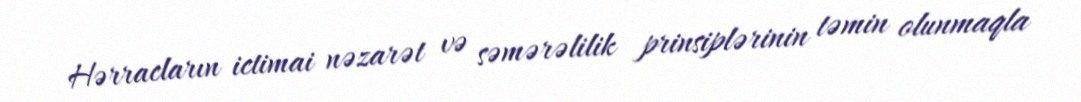
Hərracların ictimai nəzarət və səmərəlilik prinsiplərinin təmin olunmaqla